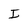
Character: I